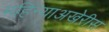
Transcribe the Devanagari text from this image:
महिन्याअखेरीस